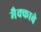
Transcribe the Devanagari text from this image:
मैक्काबे